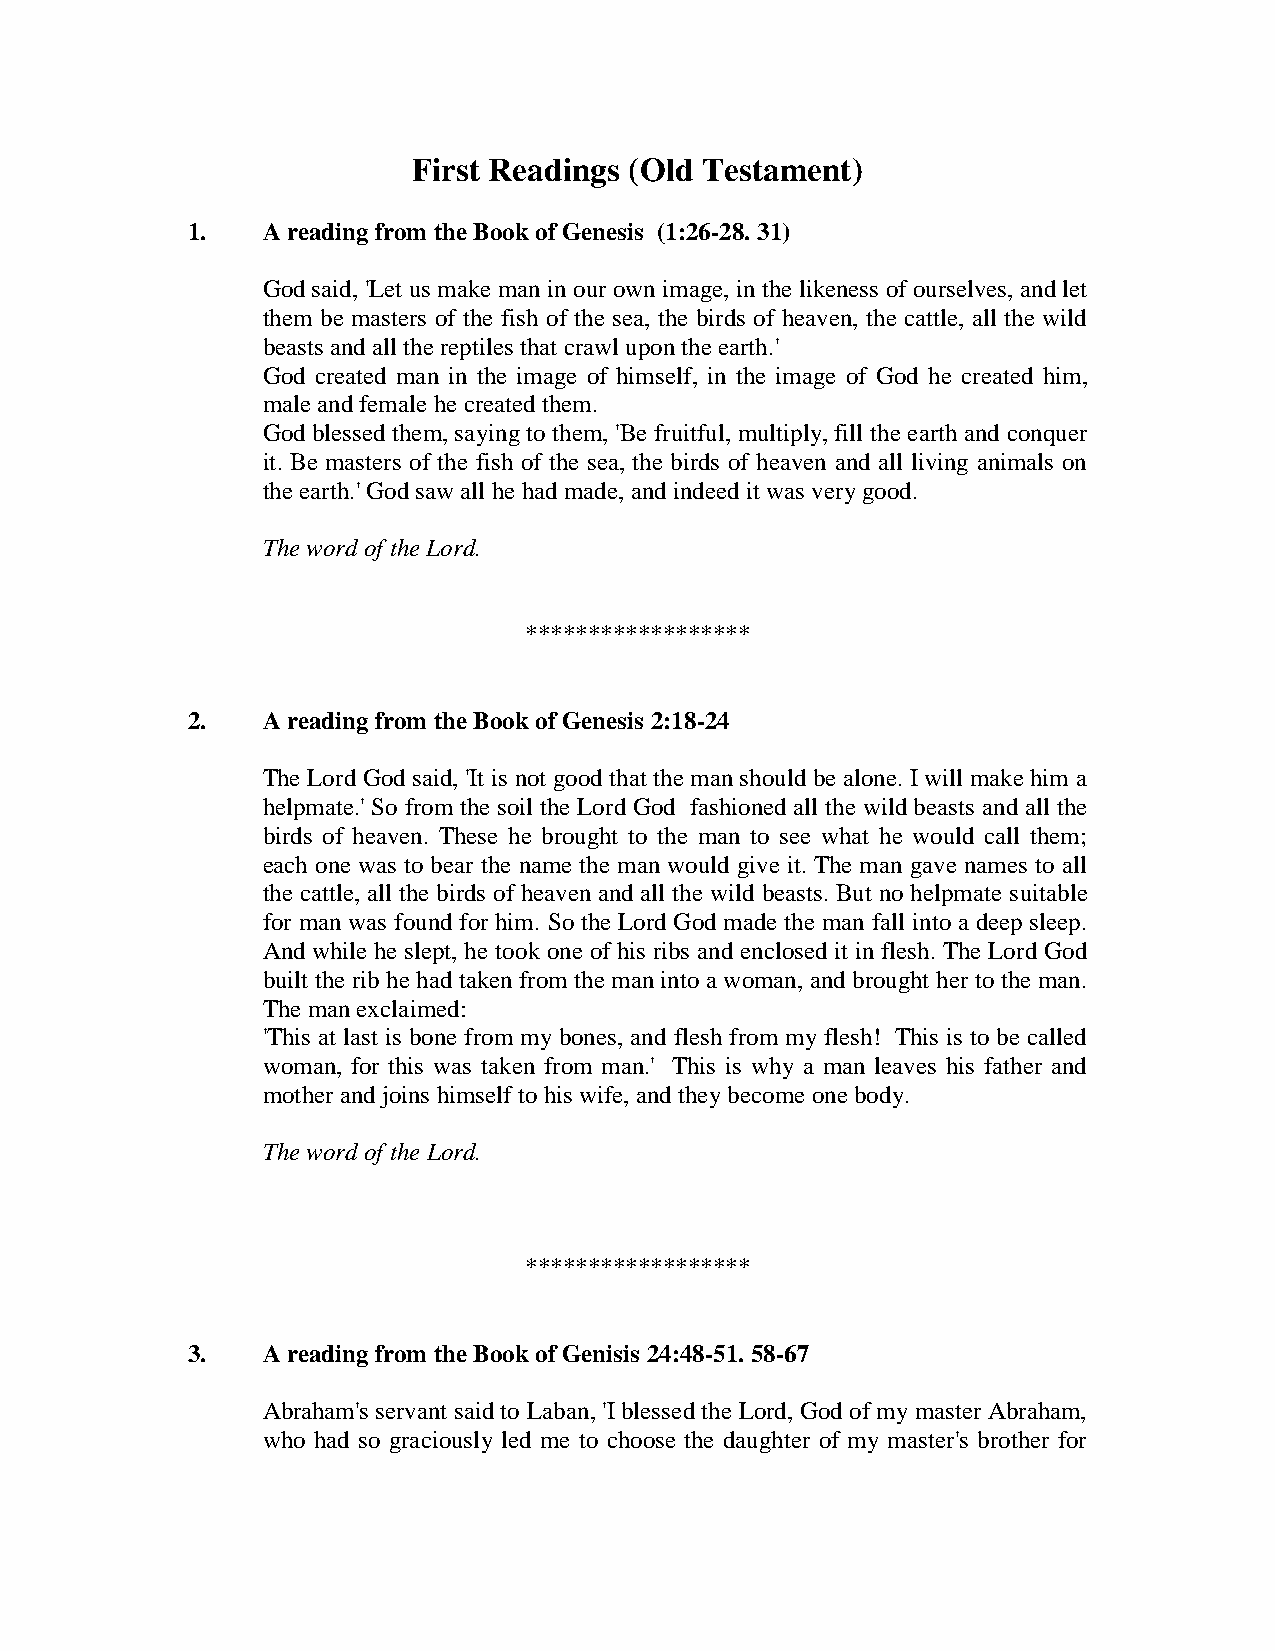
First Readings (Old Testament)
 1.   A reading from the Book of Genesis (1:26-28. 31)
 God said, 'Let us make man in our own image, in the likeness of ourselves, and let
 them be masters of the fish of the sea, the birds of heaven, the cattle, all the wild
 beasts and all the reptiles that crawl upon the earth.'
 God created man in the image of himself, in the image of God he created him,
 male and female he created them.
 God blessed them, saying to them, 'Be fruitful, multiply, fill the earth and conquer
 it. Be masters of the fish of the sea, the birds of heaven and all living animals on
 the earth.' God saw all he had made, and indeed it was very good.
 The word of the Lord.
 ******************
 2.   A reading from the Book of Genesis 2:18-24
 The Lord God said, 'It is not good that the man should be alone. I will make him a
 helpmate.' So from the soil the Lord God fashioned all the wild beasts and all the
 birds of heaven. These he brought to the man to see what he would call them;
 each one was to bear the name the man would give it. The man gave names to all
 the cattle, all the birds of heaven and all the wild beasts. But no helpmate suitable
 for man was found for him. So the Lord God made the man fall into a deep sleep.
 And while he slept, he took one of his ribs and enclosed it in flesh. The Lord God
 built the rib he had taken from the man into a woman, and brought her to the man.
 The man exclaimed:
 'This at last is bone from my bones, and flesh from my flesh! This is to be called
 woman, for this was taken from man.' This is why a man leaves his father and
 mother and joins himself to his wife, and they become one body.
 The word of the Lord.
 ******************
 3.   A reading from the Book of Genisis 24:48-51. 58-67
 Abraham's servant said to Laban, 'I blessed the Lord, God of my master Abraham,
 who had so graciously led me to choose the daughter of my master's brother for